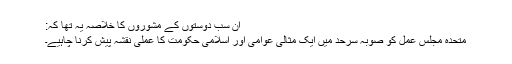
ان سب دوستوں کے مشوروں کا خلاصہ یہ تھا کہ:
متحدہ مجلس عمل کو صوبہ سرحد میں ایک مثالی عوامی اور اسلامی حکومت کا عملی نقشہ پیش کرنا چاہیے۔